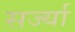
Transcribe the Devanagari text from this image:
सर्ज्या